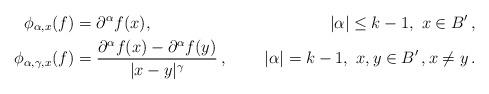
LaTeX: \begin{align*}\phi_{\alpha, x} (f) &= \partial^\alpha f(x), &|\alpha|\le k-1,\ x\in B'\,, \\\phi_{\alpha, \gamma, x} (f) &= \frac{\partial^\alpha f(x) - \partial^\alpha f(y)}{|x-y|^\gamma}\,, &|\alpha|= k-1,\ x,y\in B'\,, x\ne y\,.\end{align*}